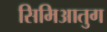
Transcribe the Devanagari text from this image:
सिमिआतुग